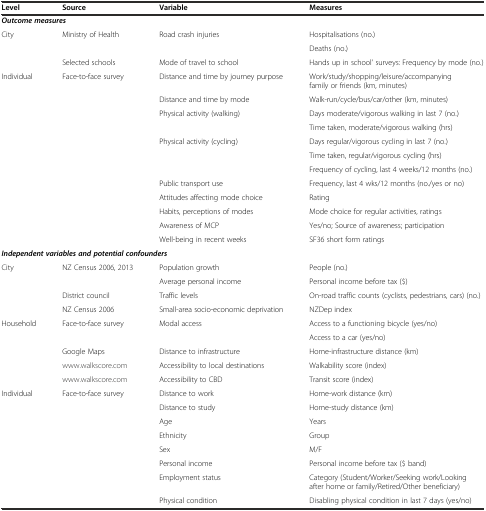
| Level | Source | Variable | Measures |
 | --- | --- | --- | --- |
 | <COLSPAN=4> Outcome measures |
 | City | Ministry of Health | Road crash injuries | Hospitalisations (no.) |
 |  |  |  | Deaths (no.) |
 |  | Selected schools | Mode of travel to school | Hands up in school’ surveys: Frequency by mode (no.) |
 | Individual | Face-to-face survey | Distance and time by journey purpose | Work/study/shopping/leisure/accompanying family or friends (km, minutes) |
 |  |  | Distance and time by mode | Walk-run/cycle/bus/car/other (km, minutes) |
 |  |  | Physical activity (walking) | Days moderate/vigorous walking in last 7 (no.) |
 |  |  |  | Time taken, moderate/vigorous walking (hrs) |
 |  |  | Physical activity (cycling) | Days regular/vigorous cycling in last 7 (no.) |
 |  |  |  | Time taken, regular/vigorous cycling (hrs) |
 |  |  |  | Frequency of cycling, last 4 weeks/12 months (no.) |
 |  |  | Public transport use | Frequency, last 4 wks/12 months (no./yes or no) |
 |  |  | Attitudes affecting mode choice | Rating |
 |  |  | Habits, perceptions of modes | Mode choice for regular activities, ratings |
 |  |  | Awareness of MCP | Yes/no; Source of awareness; participation |
 |  |  | Well-being in recent weeks | SF36 short form ratings |
 | <COLSPAN=4> Independent variables and potential confounders |
 | City | NZ Census 2006, 2013 | Population growth | People (no.) |
 |  |  | Average personal income | Personal income before tax ($) |
 |  | District council | Traffic levels | On-road traffic counts (cyclists, pedestrians, cars) (no.) |
 |  | NZ Census 2006 | Small-area socio-economic deprivation | NZDep index |
 | Household | Face-to-face survey | Modal access | Access to a functioning bicycle (yes/no) |
 |  |  |  | Access to a car (yes/no) |
 |  | Google Maps | Distance to infrastructure | Home-infrastructure distance (km) |
 |  | http://www.walkscore.com | Accessibility to local destinations | Walkability score (index) |
 |  | http://www.walkscore.com | Accessibility to CBD | Transit score (index) |
 | Individual | Face-to-face survey | Distance to work | Home-work distance (km) |
 |  |  | Distance to study | Home-study distance (km) |
 |  |  | Age | Years |
 |  |  | Ethnicity | Group |
 |  |  | Sex | M/F |
 |  |  | Personal income | Personal income before tax ($ band) |
 |  |  | Employment status | Category (Student/Worker/Seeking work/Looking after home or family/Retired/Other beneficiary) |
 |  |  | Physical condition | Disabling physical condition in last 7 days (yes/no) |